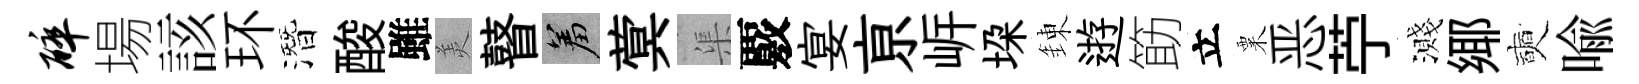
碎場該环潛酸雖羙瞽羞蓂渠覈宴亰㟁垜錬逰筯立粟恶苧濺鄊奭喩